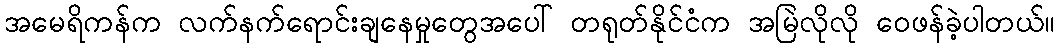
အမေရိကန်က လက်နက်ရောင်းချနေမှုတွေအပေါ် တရုတ်နိုင်ငံက အမြဲလိုလို ဝေဖန်ခဲ့ပါတယ်။